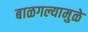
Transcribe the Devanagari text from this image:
बाळगल्यामुळे